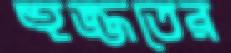
হুজ্জতের